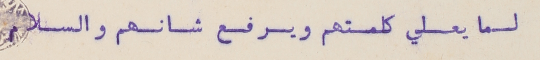
لما يعلي كلمتهم ويرفع شانهم والسلام